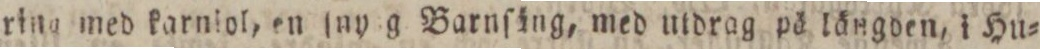
rina med karniol, en jny g Barnſäng, med utdrag pä längden, i Hu=